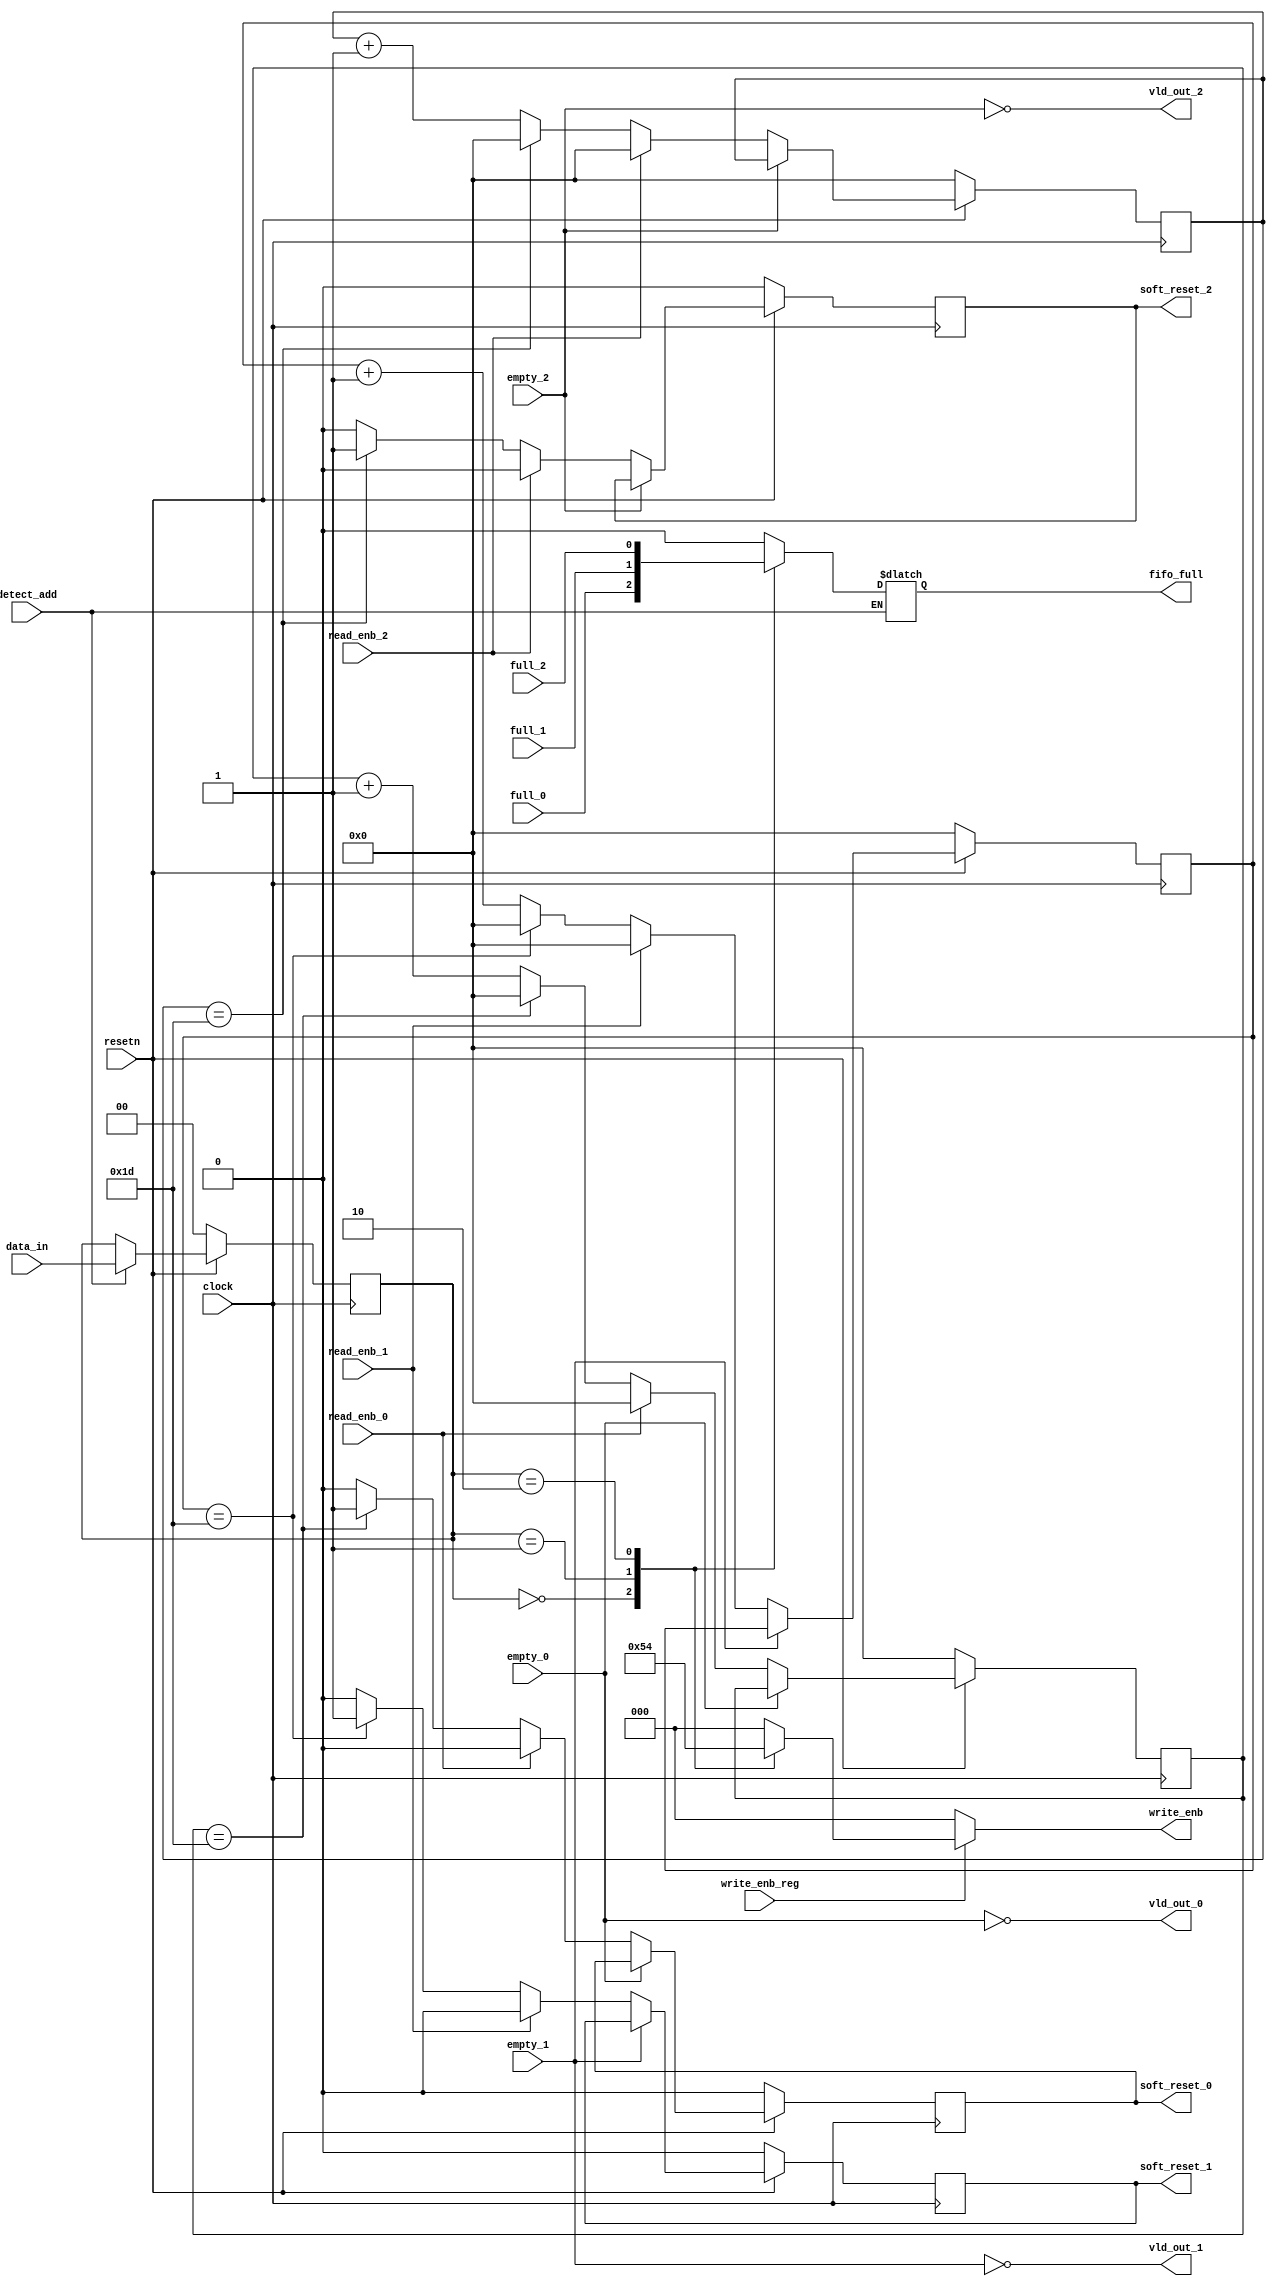
module router_sync(input clock,resetn,detect_add,full_0,full_1,full_2,empty_0,empty_1,empty_2,read_enb_0,read_enb_1,read_enb_2,write_enb_reg,
                    input [1:0] data_in,
                    output reg[2:0]write_enb,
                     output reg fifo_full,soft_reset_0,soft_reset_1,soft_reset_2,
                     output vld_out_0,vld_out_1,vld_out_2);


 reg [4:0]count_0,count_1,count_2;
reg[1:0]temp;
//reg[4:0]count;


//reset
always@(posedge clock)
begin
if(!resetn)
temp<=0;
else if(detect_add)
temp<=data_in;
end

//fifo condtion

always@(*)
begin
if(detect_add)
begin
case(temp)
2'b00:  fifo_full=full_0;
2'b01:  fifo_full=full_1;
2'b10:  fifo_full=full_2;
default: fifo_full=0;
endcase
end
end


//validout


assign vld_out_0 = ~empty_0;
assign vld_out_1 = ~empty_1;
assign vld_out_2 = ~empty_2;



//write enb

always@(*)
begin
if(write_enb_reg)
begin
case(temp)
2'b00: write_enb = 3'b001;
2'b01: write_enb =  3'b010;
2'b10: write_enb =   3'b100;
default:write_enb = 3'b000;
endcase

end
else
write_enb = 3'b000;

end








//counter logic0

always@(posedge clock)
begin
if(!resetn)
begin
soft_reset_0<=0;
count_0<=0;
end
else if(vld_out_0)
begin
if(~read_enb_0)
begin
if(count_0==29)
begin
soft_reset_0<=1;
count_0<=0;
end
else
begin
soft_reset_0<=0;
count_0<=count_0 + 1'b1;
end
end
else
begin
soft_reset_0 <= 0;
count_0 <= 0;
end
end
/*else
begin
soft_reset_0<=0;
count_0 <= 0;
end*/
end


//counter logic1

always@(posedge clock)
begin
if(!resetn)
begin
soft_reset_1<=0;
count_1<=1'b0;
end
else if(vld_out_1)
begin
if(~read_enb_1)
begin
if(count_1==29)
begin
soft_reset_1<=1;
count_1<=0;
end
else
begin
soft_reset_1<=0;
count_1<=count_1 + 1'b1;
end
end
else
begin
soft_reset_1 <= 0;
count_1 <= 0;
end
end
/*else
begin
soft_reset_1<=0;
count_1<=0;
end*/
end



//counter logic2
always@(posedge clock)
begin
if(!resetn)
begin
soft_reset_2<=0;
count_2<=0;
end
else if(vld_out_2)
begin
if(~read_enb_2)
begin
if(count_2==29)
begin
soft_reset_2<=1;
count_2<=0;
end
else
begin
soft_reset_2<=0;
count_2<=count_2 + 1'b1;
end
end
else
begin
soft_reset_2 <= 0;
count_2 <= 0;
end
end
/*else
begin
soft_reset_2<=0;
count_2<=0;
end*/
end
endmodule